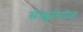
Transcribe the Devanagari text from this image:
सेक्यूरिटीज़